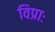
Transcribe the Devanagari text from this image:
विप्राः